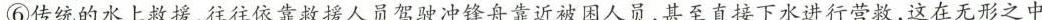
⑥传统的水上救援，往往依靠救援人员驾驶冲锋舟靠近被困人员，甚至直接下水进行营救，这在无形之中